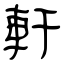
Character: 軒